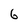
Character: 6